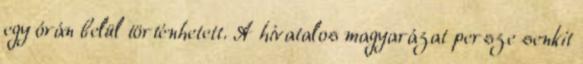
egy órán belül történhetett. A hivatalos magyarázat persze senkit